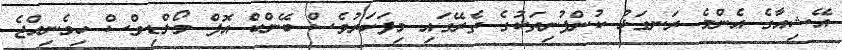
އޭޝިއާގެ އެންމެ ރަނގަޅު ކުންފުނިތަކުގެ ތެރޭގައި މިފަހަރުވެސް ބޭންކް އޮފް މޯލްޑިވްސް ހިމެނިއްޖެ